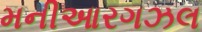
મનીઆરગઝલ